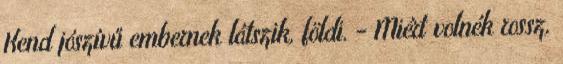
Kend jószívű embernek látszik, földi. - Miért volnék rossz,